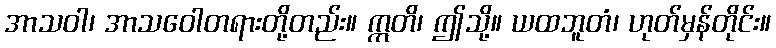
အာသဝါ၊ အာသဝေါတရားတို့တည်း။ ဣတိ၊ ဤသို့။ ယထဘူတံ၊ ဟုတ်မှန်တိုင်း။